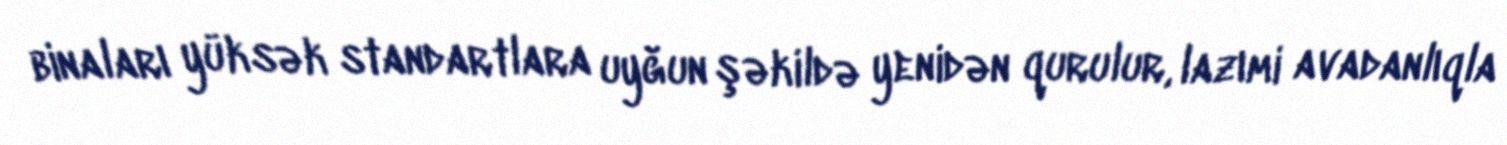
binaları yüksək standartlara uyğun şəkildə yenidən qurulur, lazımi avadanlıqla